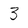
Character: 3